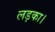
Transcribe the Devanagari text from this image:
लड़का।